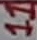
Text: 11